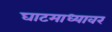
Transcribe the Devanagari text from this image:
घाटमाध्यावर